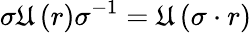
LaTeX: \sigma\mathfrak{U}\left(r\right)\sigma^{-1}=\mathfrak{U}\left(\sigma\cdot r\right)